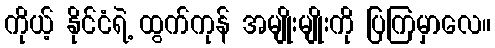
ကိုယ့် နိုင်ငံရဲ့ ထွက်ကုန် အမျိုးမျိုးကို ပြကြမှာလေ။